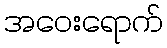
အဝေးရောက်